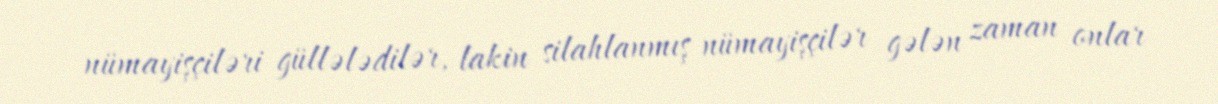
nümayişçiləri güllələdilər, lakin silahlanmış nümayişçilər gələn zaman onlar